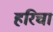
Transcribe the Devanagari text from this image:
हरिचा